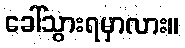
ခေါ်သွားရမှာလား။